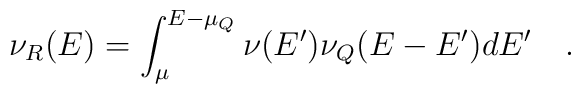
\nu_R(E)=\int_{\mu}^{E-\mu_Q}\nu(E')\nu_Q(E-E') dE'~~~.